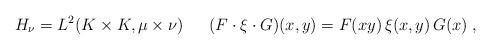
LaTeX: \begin{align*}H_\nu = L^2(K \times K,\mu \times \nu) \quad\;\; (F \cdot \xi \cdot G)(x,y) = F(xy) \, \xi(x,y) \, G(x) \; ,\end{align*}